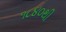
૧૮૪૦થી